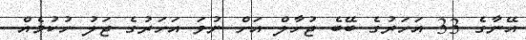
އޭނާގެ 33 އަހަރުގެ ބޭބެ ޖުހާލް އަށް ނުވަ އަހަރުގެ ޖަލު ހުކުމެއް